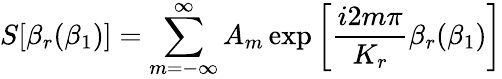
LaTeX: S[\beta_{r}(\beta_{1})]=\sum_{m=-\infty}^{\infty}A_{m}\exp\left[\frac{i2m\pi}{K_{r}}\beta_{r}(\beta_{1})\right]